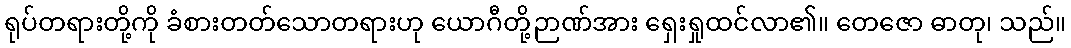
ရုပ်တရားတို့ကို ခံစားတတ်သောတရားဟု ယောဂီတို့ဉာဏ်အား ရှေးရှုထင်လာ၏။ တေဇော ဓာတု၊ သည်။